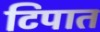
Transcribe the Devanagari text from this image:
टिपात